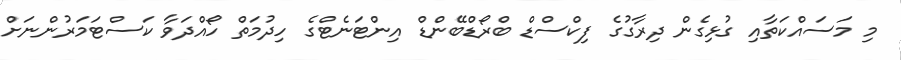
މި މަސައްކަތާއި ގުޅިގެން ދިރާގުގެ ފިކްސްޑް ބްރޯޑްބޭންޑް އިންޓަނެޓްގެ ހިދުމަތް ހޯއްދަވާ ކަސްޓަމަރުންނަށް